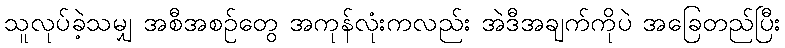
သူလုပ်ခဲ့သမျှ အစီအစဉ်တွေ အကုန်လုံးကလည်း အဲဒီအချက်ကိုပဲ အခြေတည်ပြီး